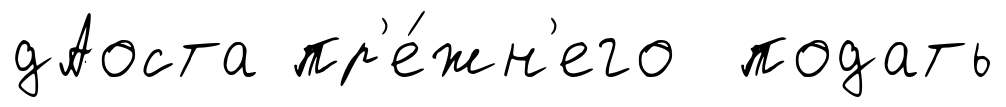
дАоста пр'е́жн'его подать